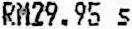
RM29.95 S